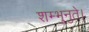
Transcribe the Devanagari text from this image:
शम्भुनुते।